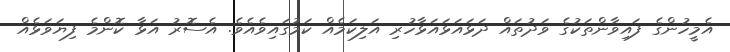
އެމީހުންގެ ފައިވާންތަކުގެ ވަދުތައް ދަޅައަޅައަޅާހުރި އަލިކަމެއް ކަމުގައިވެއެވެ. އެސޮރު އަޅާ ކޮންމެ ފިޔަވަޅެއް